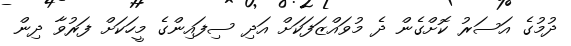
ދުމުގެ އަސަރު ކޮށްގެން ދެ މުވައްޒަފަކަށް އަދި ސިފައިންގެ މީހަކަށް ފަރުވާ ދިން